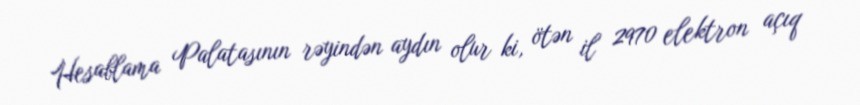
Hesablama Palatasının rəyindən aydın olur ki, ötən il 2970 elektron açıq